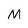
Character: M